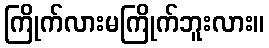
ကြိုက်လားမကြိုက်ဘူးလား။